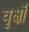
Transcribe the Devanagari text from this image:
वृक्षॉ